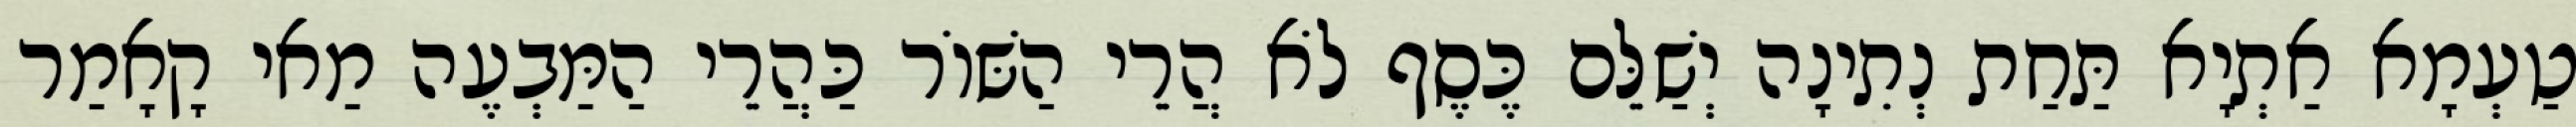
טַעְמָא אַתְיָא תַּחַת נְתִינָה יְשַׁלֵּם כֶּסֶף לֹא הֲרֵי הַשּׁוֹר כַּהֲרֵי הַמַּבְעֶה מַאי קָאָמַר